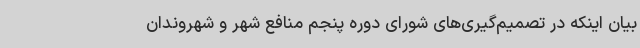
بیان اینکه در تصمیم‌گیری‌های شورای دوره پنجم منافع شهر و شهروندان